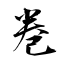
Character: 巻